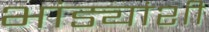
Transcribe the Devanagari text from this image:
भांड्यांशी